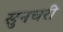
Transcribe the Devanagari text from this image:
सुनचरी